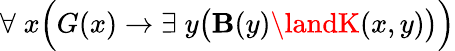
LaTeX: \forall\; x{\Big(}G(x)\rightarrow\exists\; y{\big(}\mathbf{B}(y)\landK(x,y){\big)}{\Big)}